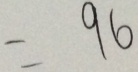
= 9 6